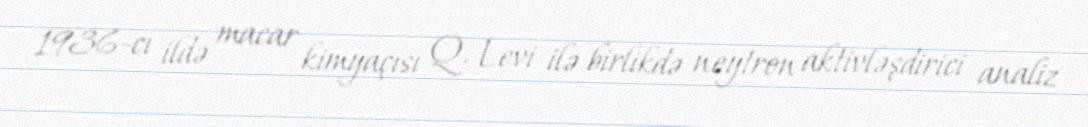
1936-cı ildə macar kimyaçısı Q. Levi ilə birlikdə neytron aktivləşdirici analiz